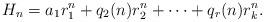
LaTeX: \begin{align*}H_n = a_1r_1^{n}+q_2 (n)r_2^n + \cdots + q_r (n)r_k^n.\end{align*}